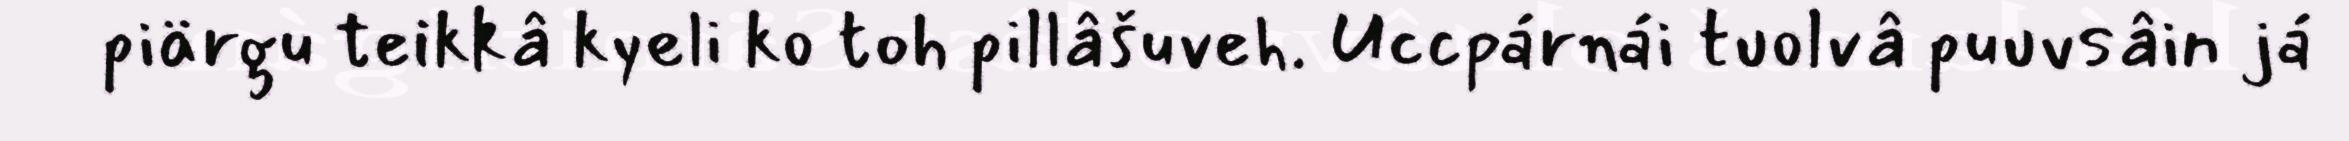
piärgu teikkâ kyeli ko toh pillâšuveh. Uccpárnái tuolvâ puuvsâin já